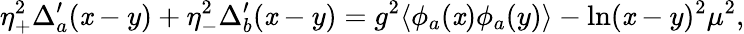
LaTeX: \eta_{+}^{2}\Delta_{a}^{\prime}(\mathit{x}-y)+\eta_{-}^{2}\Delta_{b}^{\prime}(\mathit{x}-y)=g^{2}\langle\phi_{a}(\mathit{x})\phi_{a}(y)\rangle-\ln(\mathit{x}-y)^{2}\mu^{2},